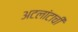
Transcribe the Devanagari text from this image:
अटलांटाची